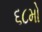
૬૮મો